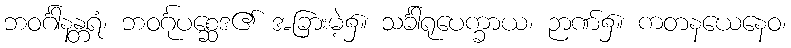
ဘဝင်္ဂါနန္တရံ၊ ဘဝင်္ဂုပစ္ဆေဒ၏ အခြားမဲ့၌။ သင်္ခါရုပေက္ခာယ၊ ဉာဏ်၌။ ကတနယေနေဝ၊